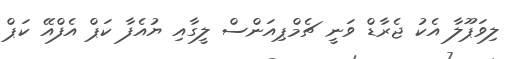
ލިވަޕޫލާ އެކު ޖެރާޑް ވަނީ ޗެމްޕިއަންސް ލީގާއި ޔުއެފާ ކަޕް އެފްއޭ ކަޕް